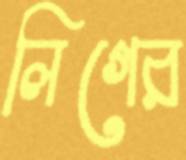
লিগের